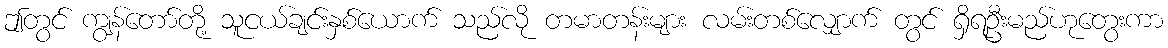
ဤတွင် ကျွန်တော်တို့ သူငယ်ချင်းနှစ်ယောက် သည်လို တမာတန်းများ လမ်းတစ်လျှောက် တွင် ရှိရဦးမည်ဟုတွေးကာ